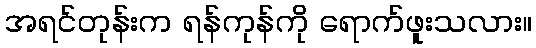
အရင်တုန်းက ရန်ကုန်ကို ရောက်ဖူးသလား။